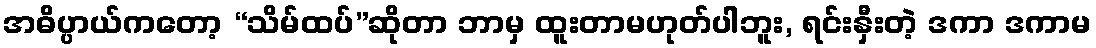
အဓိပ္ပာယ်ကတော့ “သိမ်ထပ်”ဆိုတာ ဘာမှ ထူးတာမဟုတ်ပါဘူး, ရင်းနှီးတဲ့ ဒကာ ဒကာမ